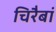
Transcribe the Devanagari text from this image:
चिरैबां